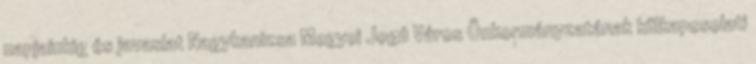
napjainkig és javaslat Nagykanizsa Megyei Jogú Város Önkormányzatának külkapcsolati